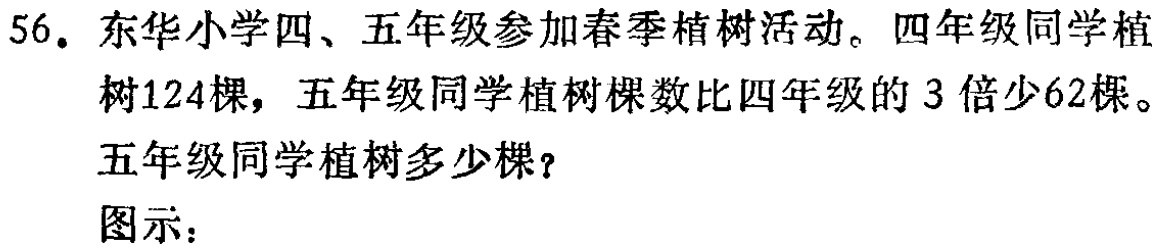
56. 东华小学四、五年级参加春季植树活动。四年级同学植树124棵，五年级同学植树棵数比四年级的3倍少62棵。五年级同学植树多少棵？

图示：